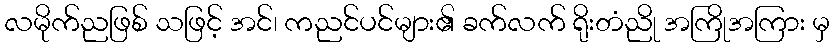
လမိုက်ညဖြစ် သဖြင့် အင်၊ ကညင်ပင်များ၏ ခက်လက် ရိုးတံညို အကြိုအကြား မှ